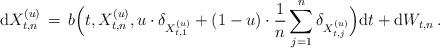
LaTeX: \begin{align*} {\mathrm d} X_{t, n}^{(u)} \, =\, b \Big( t, X_{t, n}^{(u)}, u \cdot \delta_{X_{t, 1}^{(u)} } + (1-u) \cdot \frac{1}{n} \sum_{j=1}^{n} \delta_{X_{t, j}^{(u)}} \Big) {\mathrm d} t + {\mathrm d} W_{t, n} \, . \end{align*}